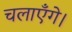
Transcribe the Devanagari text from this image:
चलाएँगे।